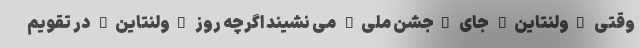
وقتی "ولنتاین" جای "جشن ملی" می نشیند اگرچه روز "ولنتاین" در تقویم